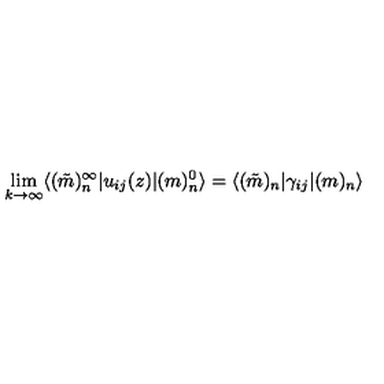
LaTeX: \lim _ { k \rightarrow \infty } \langle ( \tilde { m } ) _ { n } ^ { \infty } | u _ { i j } ( z ) | ( m ) _ { n } ^ { 0 } \rangle = \langle ( \tilde { m } ) _ { n } | \gamma _ { i j } | ( m ) _ { n } \rangle